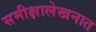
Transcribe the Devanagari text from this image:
समीक्षालेखनात